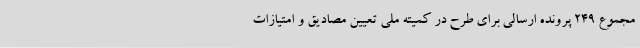
مجموع 249 پرونده ارسالی برای طرح در کمیته ملی تعیین مصادیق و امتیازات